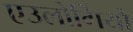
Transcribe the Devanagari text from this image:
एउलोगियो